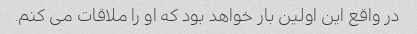
در واقع این اولین بار خواهد بود که او را ملاقات می کنم.